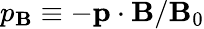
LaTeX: p_{\mathbf{B}}\equiv-\mathbf{{p}}\cdot\mathbf{{\mathbf{B}}}/\mathbf{B}_{0}